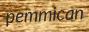
pemmican